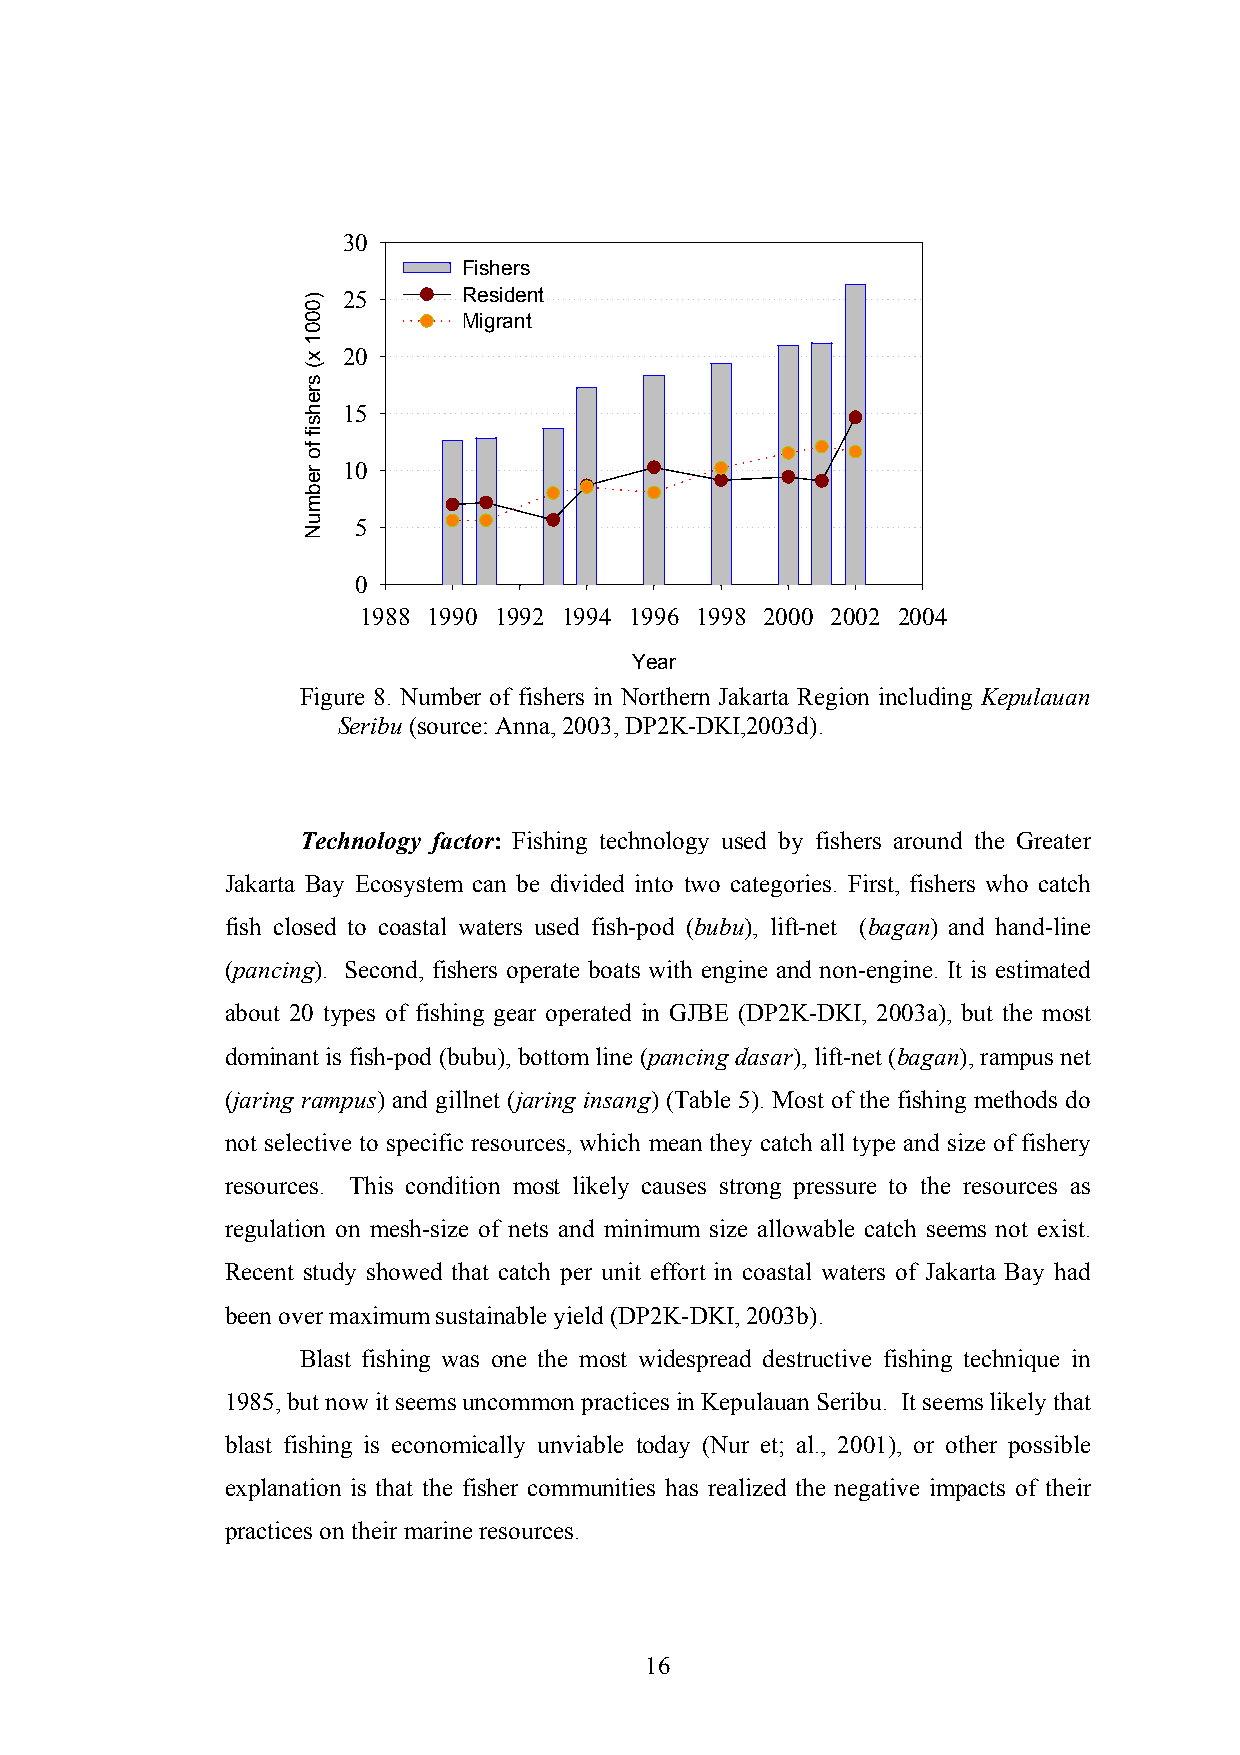
30
 Fishers
 25      Resident
 Migrant
 20
 15
 10
 5
 0
 1988 1990 1992 1994 1996 1998 2000 2002 2004
 Year
 Figure 8. Number of fishers in Northern Jakarta Region including Kepulauan
 Seribu (source: Anna, 2003, DP2K-DKI,2003d).
 Technology factor: Fishing technology used by fishers around the Greater
 Jakarta Bay Ecosystem can be divided into two categories. First, fishers who catch
 fish closed to coastal waters used fish-pod (bubu), lift-net (bagan) and hand-line
 (pancing). Second, fishers operate boats with engine and non-engine. It is estimated
 about 20 types of fishing gear operated in GJBE (DP2K-DKI, 2003a), but the most
 dominant is fish-pod (bubu), bottom line (pancing dasar), lift-net (bagan), rampus net
 (jaring rampus) and gillnet (jaring insang) (Table 5). Most of the fishing methods do
 not selective to specific resources, which mean they catch all type and size of fishery
 resources. This condition most likely causes strong pressure to the resources as
 regulation on mesh-size of nets and minimum size allowable catch seems not exist.
 Recent study showed that catch per unit effort in coastal waters of Jakarta Bay had
 been over maximum sustainable yield (DP2K-DKI, 2003b).
 Blast fishing was one the most widespread destructive fishing technique in
 1985, but now it seems uncommon practices in Kepulauan Seribu. It seems likely that
 blast fishing is economically unviable today (Nur et; al., 2001), or other possible
 explanation is that the fisher communities has realized the negative impacts of their
 practices on their marine resources.
 16
 )0001
 x(
 srehsif
 fo
 rebmuN